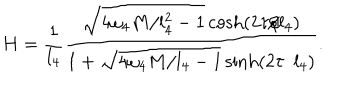
LaTeX: H = \frac { 1 } { l _ { 4 } } \frac { \sqrt { 4 \omega _ { 4 } M / l _ { 4 } ^ { 2 } - 1 } \cosh ( 2 \tau / l _ { 4 } ) } { 1 + \sqrt { 4 \omega _ { 4 } M / l _ { 4 } - 1 } \sinh ( 2 \tau / l _ { 4 } ) } .